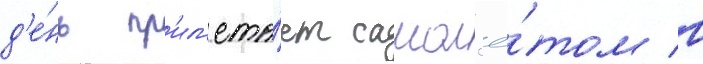
д'е́нь пр'ил'ета́ет самол'ё́том в